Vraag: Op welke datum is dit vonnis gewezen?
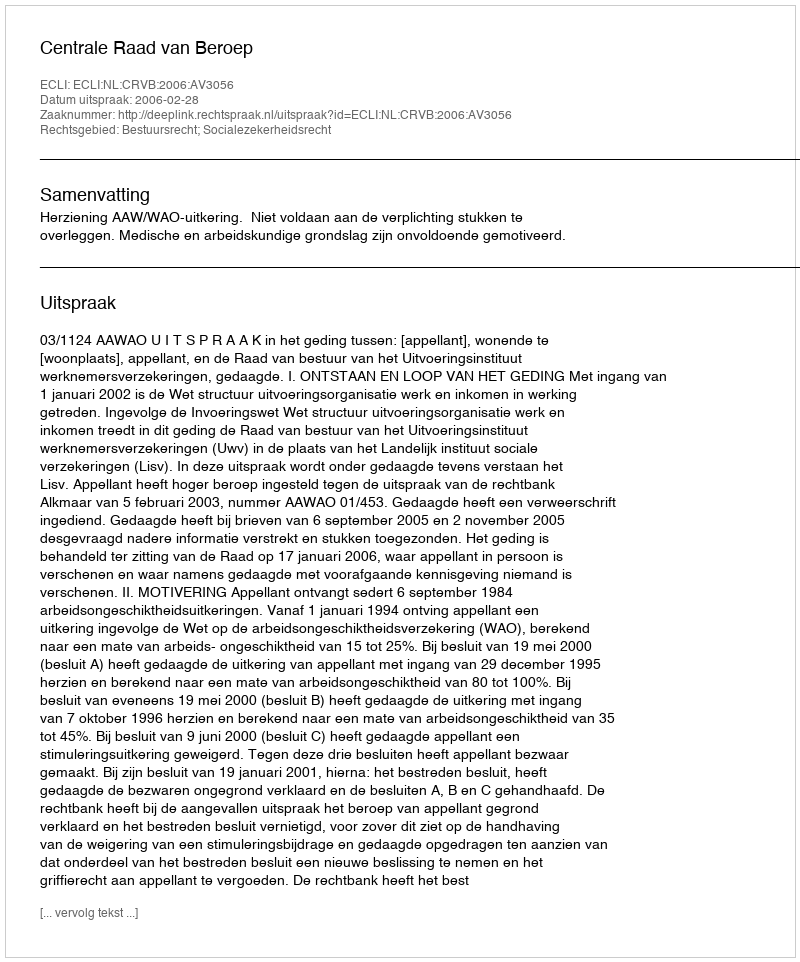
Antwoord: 2006-02-28